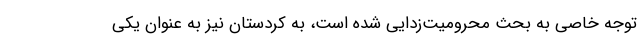
توجه خاصی به بحث محرومیت‌زدایی شده است، به کردستان نیز به عنوان یکی